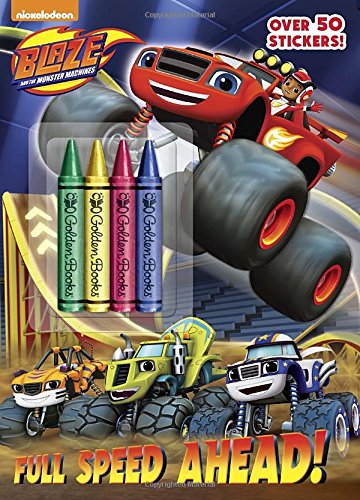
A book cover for Full Speed Ahead! (Blaze and the Monster Machines) (Color Plus Crayons and Sticker); Golden Books; Children's Books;